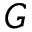
G